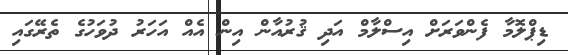
ޑިޕްލޮމާ ފެންވަރަށް އިސްލާމް އަދި ޤުރުއާން އިން އެއް އަހަރު ދުވަހުގެ ތެރޭގައި